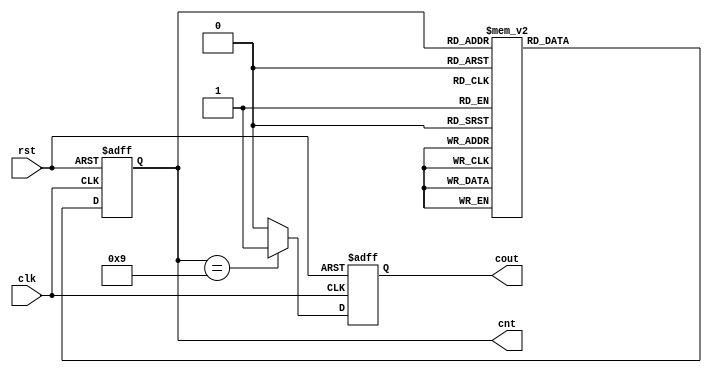
//TODO: FSM counter 10

module fsm_counter (
    input wire clk,
    input wire rst,
    output wire [3:0] cnt,
    output reg cout
);
    //state init
    reg [3:0] state;

    parameter s0 = 4'b0000;
    parameter s1 = 4'b0001;
    parameter s2 = 4'b0010;
    parameter s3 = 4'b0011;
    parameter s4 = 4'b0100;
    parameter s5 = 4'b0101;
    parameter s6 = 4'b0110;
    parameter s7 = 4'b0111;
    parameter s8 = 4'b1000;
    parameter s9 = 4'b1001;

    always @(posedge clk or negedge rst) begin
        if(~rst)
            state = s0;
        else begin
            case (state)
            s0 : state = s1;
            s1 : state = s2;
            s2 : state = s3;
            s3 : state = s4;
            s4 : state = s5;
            s5 : state = s6;
            s6 : state = s7;
            s7 : state = s8;
            s8 : state = s9;
            default : state = s0;
            endcase
        end
    end

    assign cnt = state;

    always@(posedge clk or negedge rst) begin
        if(~rst)
            cout = 0;
        else 
            if(state == s9)
                cout = 1;
            else 
                cout = 0;
    end
    
endmodule